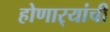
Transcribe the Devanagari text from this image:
होणार्‍यांची